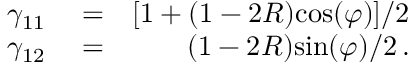
\begin{array} { r l r } { \gamma _ { 1 1 } } & { { } = } & { [ 1 + ( 1 - 2 R ) \mathrm { c o s } ( \varphi ) ] / 2 } \\ { \gamma _ { 1 2 } } & { { } = } & { ( 1 - 2 R ) \mathrm { s i n } ( \varphi ) / 2 \, . } \end{array}